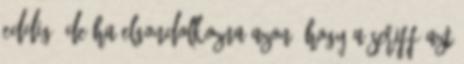
eddig. De ha elgondolkozna azon, hogy a seriff azt